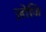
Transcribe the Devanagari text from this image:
ज़ोजि